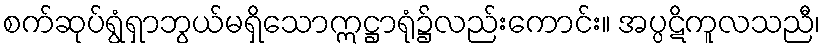
စက်ဆုပ်ရွံရှာဘွယ်မရှိသောဣဋ္ဌာရုံ၌လည်းကောင်း။ အပ္ပဋိကူလသညီ၊